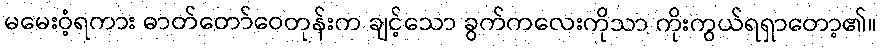
မမေးဝံ့ရကား ဓာတ်တော်ဝေတုန်းက ချင့်သော ခွက်ကလေးကိုသာ ကိုးကွယ်ရရှာတော့၏။